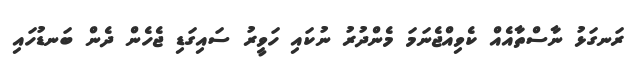
ރަނގަޅު ނާސްތާއެއް ކެވިއްޖެނަމަ މެންދުރު ނުކައި ހަވީރު ސައިގަޑި ޖެހެން ދެން ބަނޑުހައި